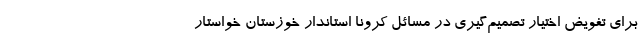
برای تفویض اختیار تصمیم‌گیری در مسائل کرونا استاندار خوزستان خواستار